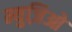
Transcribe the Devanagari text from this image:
म्युज़िओ